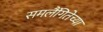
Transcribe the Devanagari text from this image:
समलैंगितेच्या